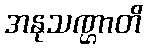
အနုသဏ္ဌာတိ